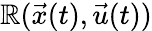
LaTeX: \mathbb{R}(\vec{{x}}(t),\vec{{u}}(t))